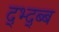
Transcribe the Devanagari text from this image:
द्भ्द्ब्ब